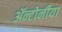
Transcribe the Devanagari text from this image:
ॲन्टोनीया